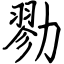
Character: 勠